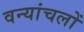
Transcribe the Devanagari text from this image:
वन्यांचलों